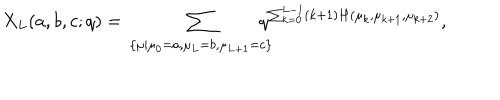
X _ { L } ( a , b , c ; q ) = \displaystyle \sum _ { \begin{array} { c } { { \{ \scriptstyle \mu | { \mu _ { 0 } = a , \mu _ { L } = b , \mu _ { L + 1 } = c } \} } } \\ \end{array} } \! \! \! \! \! \! q ^ { \sum _ { k = 0 } ^ { L - 1 } ( k + 1 ) H ( \mu _ { k } , \mu _ { k + 1 } , \mu _ { k + 2 } ) } ,